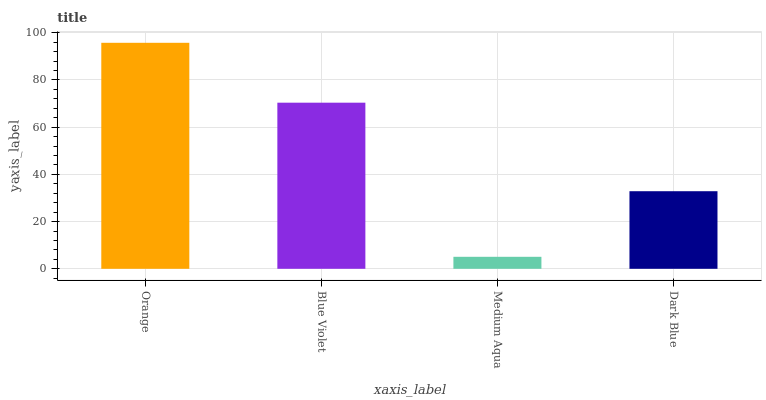
| xaxis_label | bars |
 | --- | --- |
 | Orange | 95.8 |
 | Blue Violet | 70.4 |
 | Medium Aqua | 5.09 |
 | Dark Blue | 32.9 |